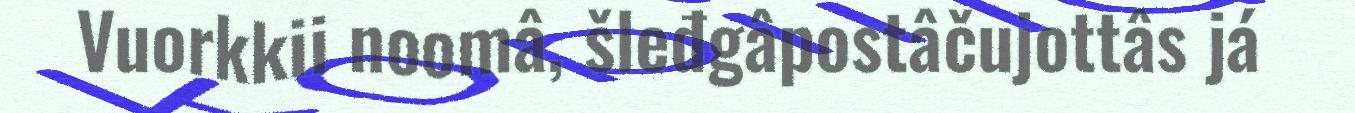
Vuorkkii noomâ, šleđgâpostâčujottâs já